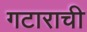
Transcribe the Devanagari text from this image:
गटाराची